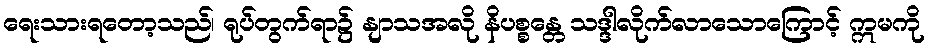
ရေးသားရတော့သည်၊ ရုပ်တွက်ရာ၌ နျာသအလို နိပစ္စန္တေ သဒ္ဒါလိုက်လာသောကြောင့် ဣမကို